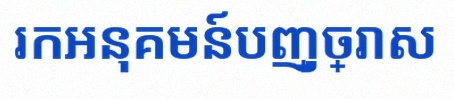
រកអនុគមន៍បញ្ច្រាស